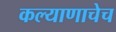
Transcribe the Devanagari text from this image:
कल्याणाचेच